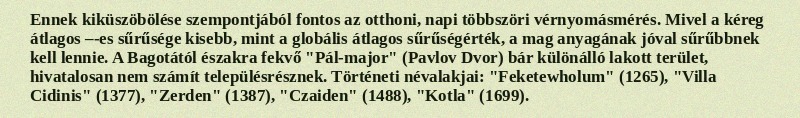
Ennek kiküszöbölése szempontjából fontos az otthoni, napi többszöri vérnyomásmérés. Mivel a kéreg átlagos –-es sűrűsége kisebb, mint a globális átlagos sűrűségérték, a mag anyagának jóval sűrűbbnek kell lennie. A Bagotától északra fekvő "Pál-major" (Pavlov Dvor) bár különálló lakott terület, hivatalosan nem számít településrésznek. Történeti névalakjai: "Feketewholum" (1265), "Villa Cidinis" (1377), "Zerden" (1387), "Czaiden" (1488), "Kotla" (1699).